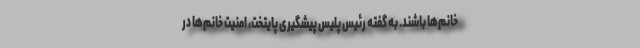
خانم‌ها باشند. به گفته رئیس پلیس پیشگیری پایتخت، امنیت خانم‌ها در